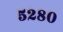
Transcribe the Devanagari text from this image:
५२८०